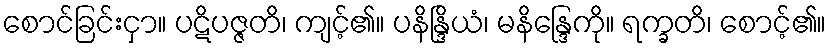
စောင်ခြင်းငှာ။ ပဋိပဇ္ဇတိ၊ ကျင့်၏။ ပနိန္ဒြိယံ၊ မနိန္ဒြေကို။ ရက္ခတိ၊ စောင့်၏။